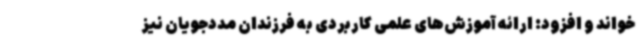
خواند و افزود: ارائه آموزش‌های علمی کاربردی به فرزندان مددجویان نیز